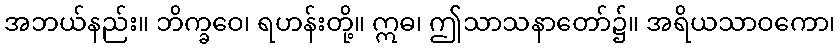
အဘယ်နည်း။ ဘိက္ခဝေ၊ ရဟန်းတို့။ ဣဓ၊ ဤသာသနာတော်၌။ အရိယသာဝကော၊